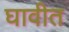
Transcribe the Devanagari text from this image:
घावीत